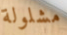
مشلولة